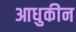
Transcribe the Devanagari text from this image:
आधुकीन